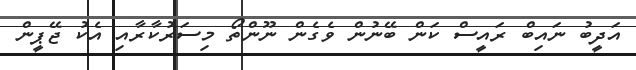
އަދީބު ނައިބް ރައީސް ކަން ބޭނުން ވެގެން ނޫންތޯ މިސަރުކާރާއި އެކު ޖޭޕީން